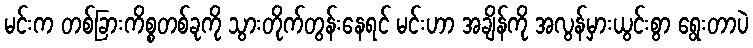
မင်းက တစ်ခြားကိစ္စတစ်ခုကို သွားတိုက်တွန်းနေရင် မင်းဟာ အချိန်ကို အလွန်မှားယွင်းစွာ ရွေးတာပဲ